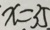
x = 3 5